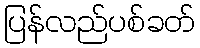
ပြန်လည်ပစ်ခတ်